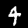
Label: 4